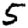
Digit: 5